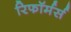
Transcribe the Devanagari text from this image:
रिफॉर्मर्स